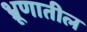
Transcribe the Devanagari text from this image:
भ्रूणातील